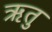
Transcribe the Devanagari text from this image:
ऋतुु